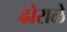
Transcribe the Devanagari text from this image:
ढोराळे